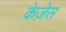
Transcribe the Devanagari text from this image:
केज़ेस